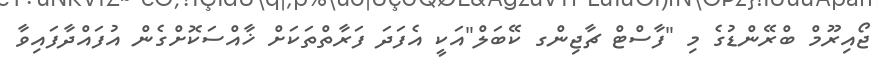
ޖޯއިރޫމް ބްރޭންޑުގެ މި "ފާސްޓް ޗާޖިންގ ކޭބަލް"އަކީ އެފަދަ ފަރާތްތަކަށް ޚާއްސަކޮށްގެން އުފައްދާފައިވާ